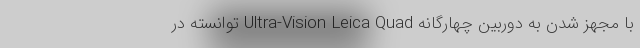
با مجهز شدن به دوربین چهارگانه Ultra-Vision Leica Quad توانسته در